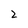
Character: 2